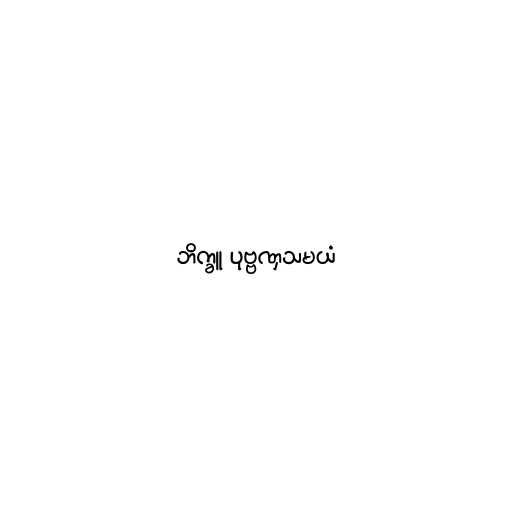
ဘိက္ခူ ပုဗ္ဗဏှသမယံ